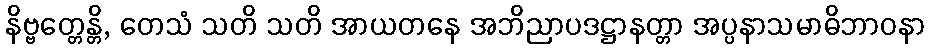
နိဗ္ဗတ္တေန္တိ, တေသံ သတိ သတိ အာယတနေ အဘိညာပဒဋ္ဌာနတ္တာ အပ္ပနာသမာဓိဘာဝနာ